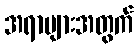
အရာများအတွက်